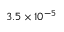
3 . 5 \times 1 0 ^ { - 5 }